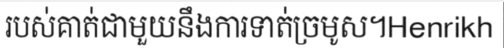
របស់គាត់ជាមួយនឹងការទាត់ច្រមូស។Henrikh